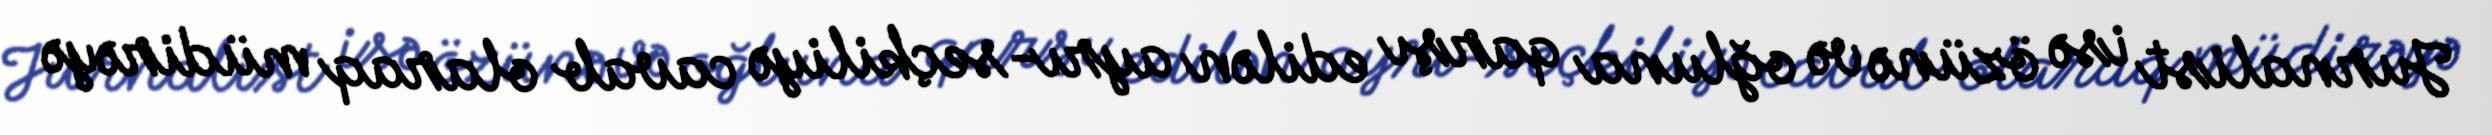
Jurnalist isə özünə və oğluna qarşı edilən ayrı-seçkiliyə cavab olaraq müdirəyə